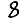
Digit: 8